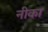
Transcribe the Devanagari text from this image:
नीका